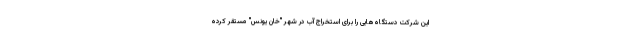
این شرکت دستگاه‌هایی را برای استخراج آب در شهر "خان یونس" مستقر کرده